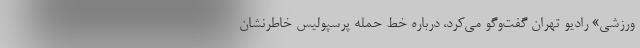
ورزشی» رادیو تهران گفت‌وگو می‌کرد، درباره خط حمله پرسپولیس خاطرنشان